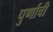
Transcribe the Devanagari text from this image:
पुर्णाची